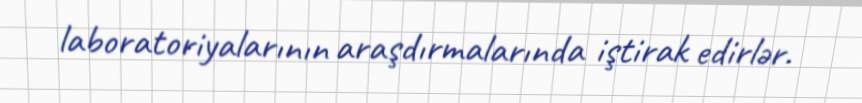
laboratoriyalarının araşdırmalarında iştirak edirlər.